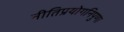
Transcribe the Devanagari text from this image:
नीतिप्रयोगनिपुणा